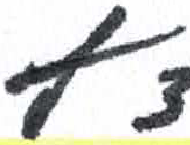
אות: ץ